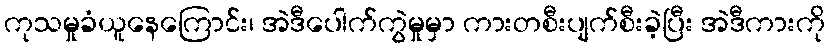
ကုသမှုခံယူနေကြောင်း၊ အဲဒီပေါက်ကွဲမှုမှာ ကားတစီးပျက်စီးခဲ့ပြီး အဲဒီကားကို